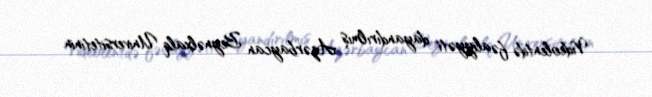
Videolentdə fəaliyyəti dayandırılmış Azərbaycan Beynəlxalq Universitetinin